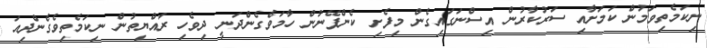
ނިކަމެތިވަމުން ކަމަށާއި ސަރުކާރުން އިސްނަގައިގެން މިފެށި ކެންޕޭނުން ހާމަވެގެންދަނީ ދިވެހި ރައްޔިތުން ނިކަމެތިވެގެންދިއަ